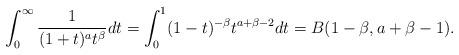
LaTeX: \begin{align*}\int_0^\infty\frac{1}{(1+t)^at^{\beta}}dt=\int_0^1(1-t)^{-\beta}t^{a+\beta-2}dt=B(1-\beta,a+\beta-1).\\\end{align*}